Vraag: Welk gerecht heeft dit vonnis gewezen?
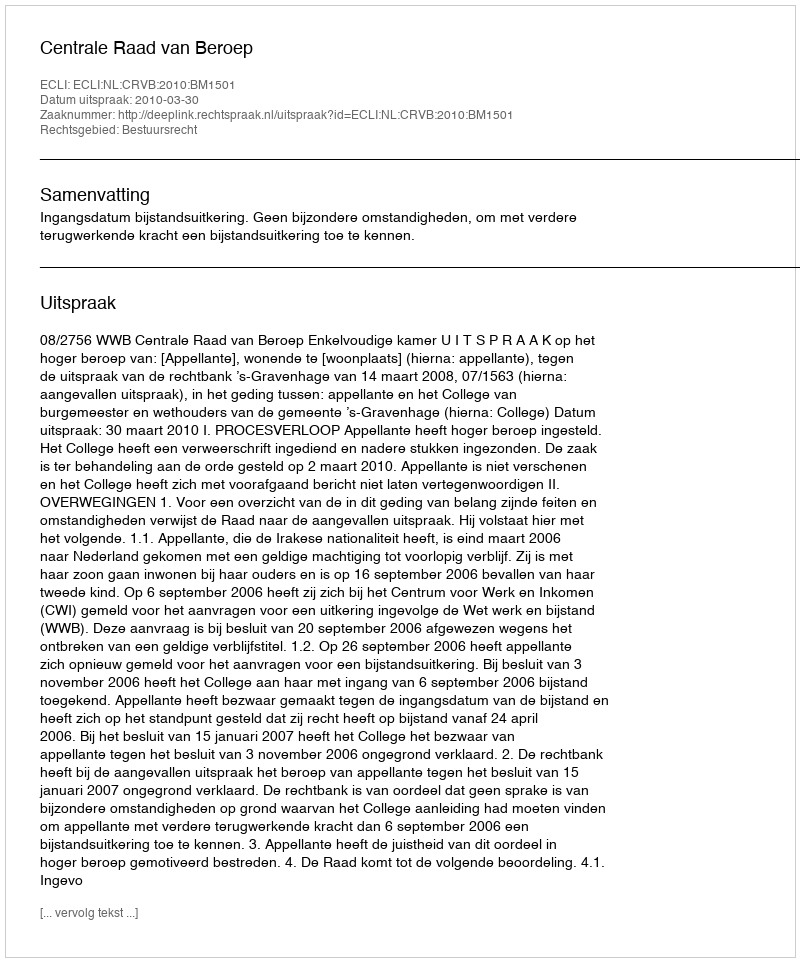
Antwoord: Centrale Raad van Beroep